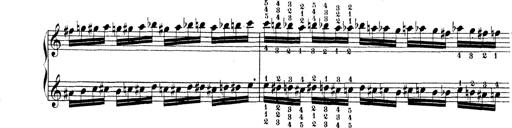
Title: Technische Studien
Composer: Franz Liszt